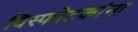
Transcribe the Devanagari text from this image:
विस्फोटकांना